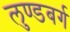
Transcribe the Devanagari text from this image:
लुण्डबर्ग